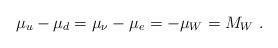
\begin{align*}\mu_u - \mu_d = \mu_\nu - \mu_e = - \mu_W = M_W \ .\end{align*}